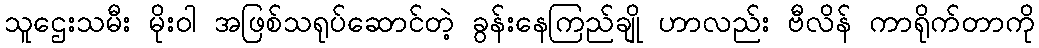
သူဌေးသမီး မိုးဝါ အဖြစ်သရုပ်ဆောင်တဲ့ ခွန်းနေကြည်ချို ဟာလည်း ဗီလိန် ကာရိုက်တာကို